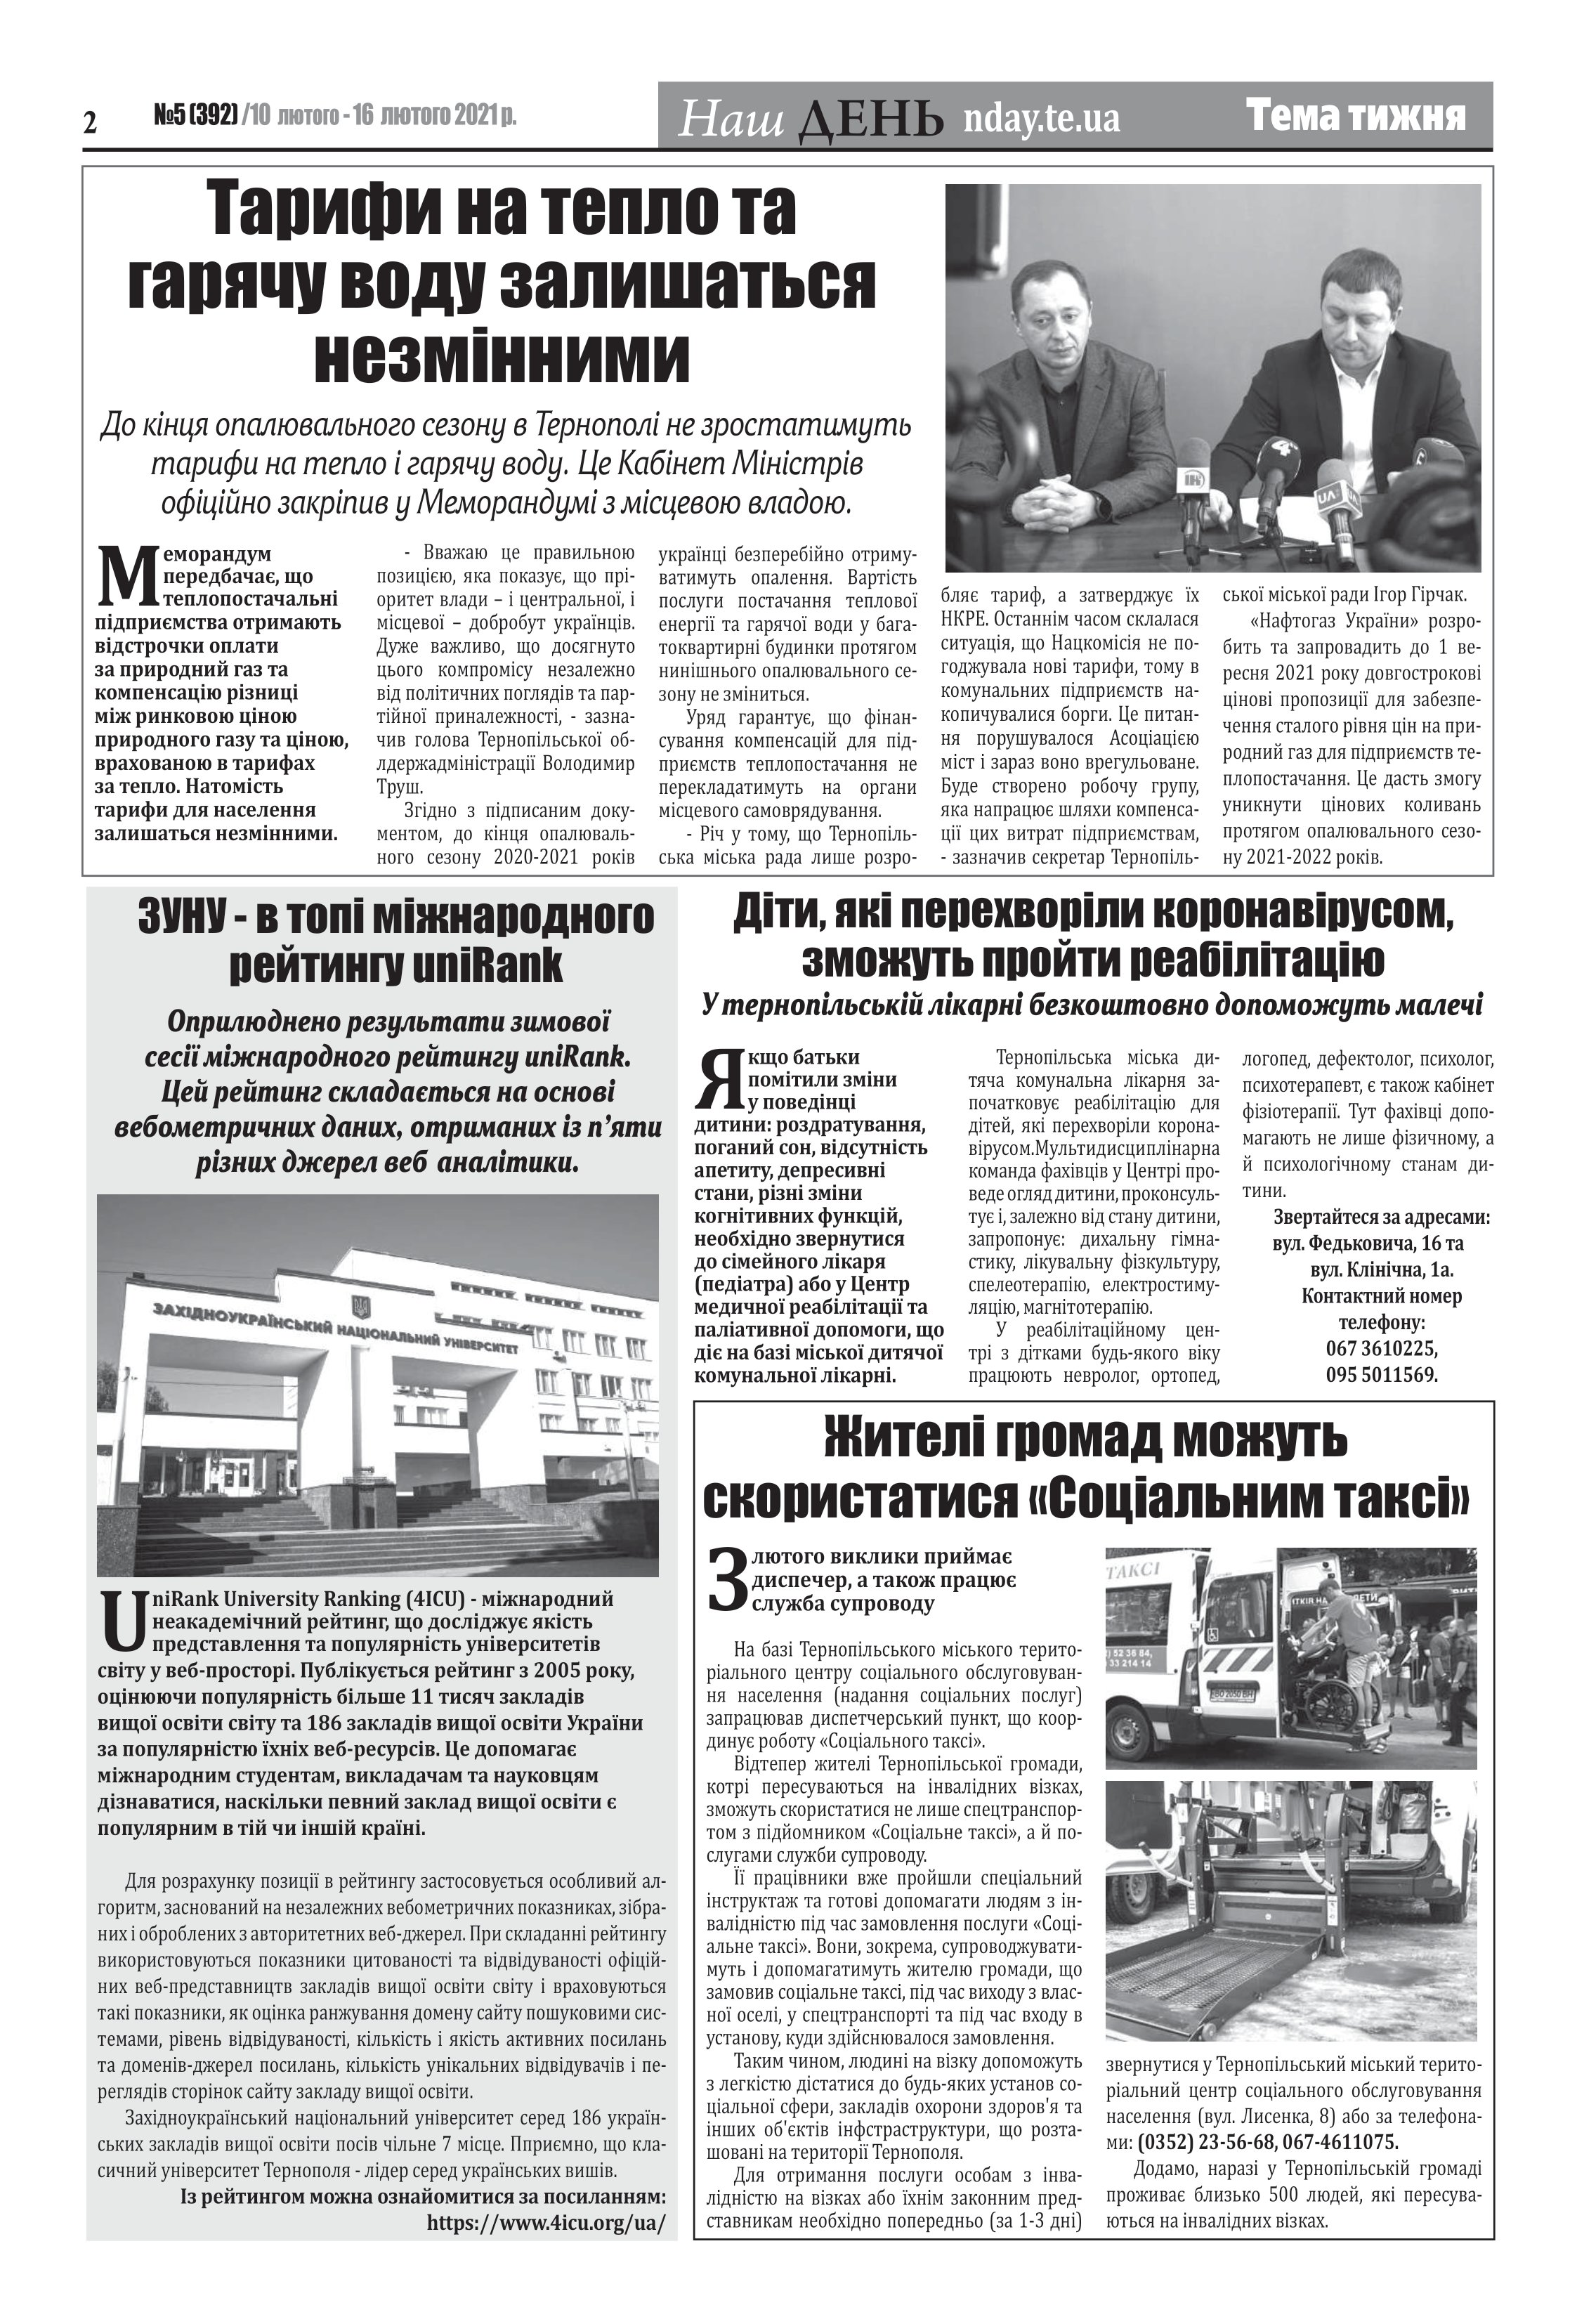
Language: uk